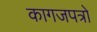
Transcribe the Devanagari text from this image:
कागजपत्रों